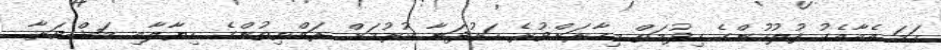
ހަމަ އެއާއެކު ފުލުހުންގެ ހިދުމަތް މިހާރަށްވުރެ ހަރުދަނާ ކުރުމަށް ރައްޔިތުންގެ ހިޔާލާއި މަޝްވަރާ